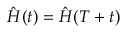
\hat { H } ( t ) = \hat { H } ( T + t )